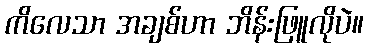
ကိလေသာ အချစ်ဟာ ဘိန်းဖြူလိုပဲ။